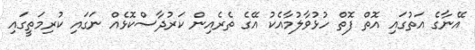
އޭނާގެ އަތުގައި އޮތް ފޮތް ހުޅުވާލުމާއެކު އޭގެ ތެރެއިން ކަރުދާސްކޮޅެއް ނަގައި ކުރިމަތީގައި